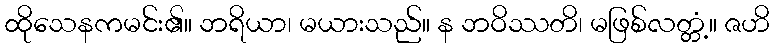
ထိုသေနကမင်း၏။ ဘရိယာ၊ မယားသည်။ န ဘဝိဿတိ၊ မဖြစ်လတ္တံ့။ ဇဟိ